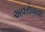
અવરોધાયા